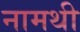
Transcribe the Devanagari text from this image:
नामथी